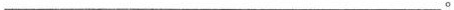
___。